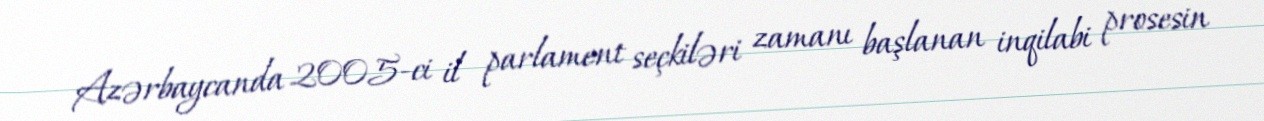
Azərbaycanda 2005-ci il parlament seçkiləri zamanı başlanan inqilabi prosesin